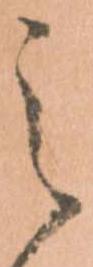
之